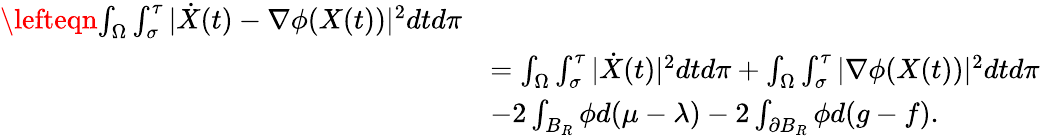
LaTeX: \begin{array}{rl}{\lefteqn{\int_{\Omega}\int_{\sigma}^{\tau}|\dot{X}(t)-\nabla\phi(X(t))|^{2}dtd\pi}}\\ &{=\int_{\Omega}\int_{\sigma}^{\tau}|\dot{X}(t)|^{2}dtd\pi+\int_{\Omega}\int_{\sigma}^{\tau}|\nabla\phi(X(t))|^{2}dtd\pi}\\ &{-2\int_{B_{R}}\phi d(\mu-\lambda)-2\int_{\partial B_{R}}\phi d(g-f).}\end{array}